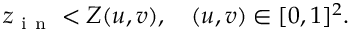
z _ { \mathrm { ~ i ~ n ~ } } < Z ( u , v ) , \quad ( u , v ) \in [ 0 , 1 ] ^ { 2 } .